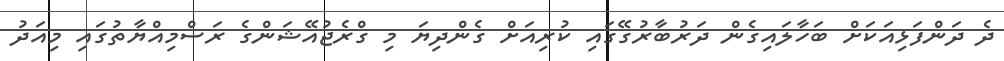
ދެ ދަންފަޅިއަކަށް ބަހާލައިގެން ދަރުބާރުގޭގައި ކުރިއަށް ގެންދިޔަ މި ގްރެޖުއޭޝަންގެ ރަސްމިއްޔާތުގައި މިއަދު